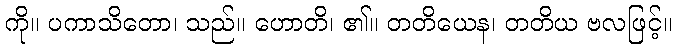
ကို။ ပကာသိတော၊ သည်။ ဟောတိ၊ ၏။ တတိယေန၊ တတိယ ဗလဖြင့်။